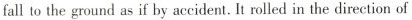
fall to the ground as if by accident. It rolled in the direction of